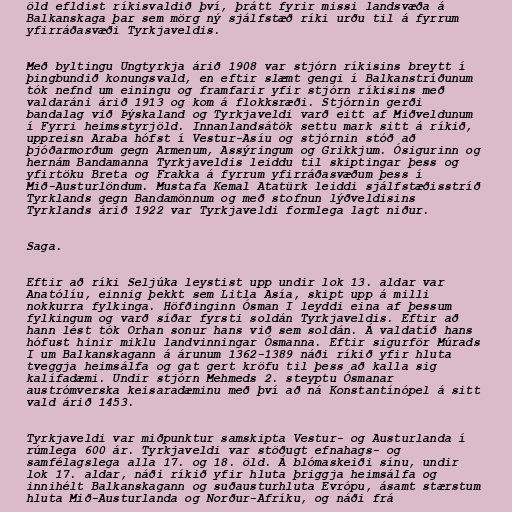
öld efldist ríkisvaldið því, þrátt fyrir missi landsvæða á
Balkanskaga þar sem mörg ný sjálfstæð ríki urðu til á fyrrum
yfirráðasvæði Tyrkjaveldis.

Með byltingu Ungtyrkja árið 1908 var stjórn ríkisins breytt í
þingbundið konungsvald, en eftir slæmt gengi í Balkanstríðunum
tók nefnd um einingu og framfarir yfir stjórn ríkisins með
valdaráni árið 1913 og kom á flokksræði. Stjórnin gerði
bandalag við Þýskaland og Tyrkjaveldi varð eitt af Miðveldunum
í Fyrri heimsstyrjöld. Innanlandsátök settu mark sitt á ríkið,
uppreisn Araba hófst í Vestur-Asíu og stjórnin stóð að
þjóðarmorðum gegn Armenum, Assýringum og Grikkjum. Ósigurinn og
hernám Bandamanna Tyrkjaveldis leiddu til skiptingar þess og
yfirtöku Breta og Frakka á fyrrum yfirráðasvæðum þess í
Mið-Austurlöndum. Mustafa Kemal Atatürk leiddi sjálfstæðisstríð
Tyrklands gegn Bandamönnum og með stofnun lýðveldisins
Tyrklands árið 1922 var Tyrkjaveldi formlega lagt niður.

Saga.

Eftir að ríki Seljúka leystist upp undir lok 13. aldar var
Anatólíu, einnig þekkt sem Litla Asía, skipt upp á milli
nokkurra fylkinga. Höfðinginn Ósman I leyddi eina af þessum
fylkingum og varð síðar fyrsti soldán Tyrkjaveldis. Eftir að
hann lést tók Orhan sonur hans við sem soldán. Á valdatíð hans
hófust hinir miklu landvinningar Ósmanna. Eftir sigurför Múrads
I um Balkanskagann á árunum 1362-1389 náði ríkið yfir hluta
tveggja heimsálfa og gat gert kröfu til þess að kalla sig
kalífadæmi. Undir stjórn Mehmeds 2. steyptu Ósmanar
austrómverska keisaradæminu með því að ná Konstantínópel á sitt
vald árið 1453.

Tyrkjaveldi var miðpunktur samskipta Vestur- og Austurlanda í
rúmlega 600 ár. Tyrkjaveldi var stöðugt efnahags- og
samfélagslega alla 17. og 18. öld. Á blómaskeiði sínu, undir
lok 17. aldar, náði ríkið yfir hluta þriggja heimsálfa og
innihélt Balkanskagann og suðausturhluta Evrópu, ásamt stærstum
hluta Mið-Austurlanda og Norður-Afríku, og náði frá